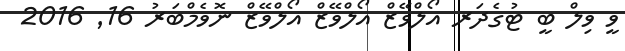
ވީ ވިލް ބީ ޓުގެދަރ އޯލްވޭޒް އޯލްވޭޒް އޯލްވޭޒް ނޮވެމްބަރު 16